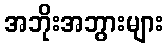
အဘိုးအဘွားများ